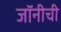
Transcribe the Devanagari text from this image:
जॉनीची